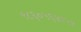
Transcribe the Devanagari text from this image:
९८६०५६४१५४